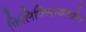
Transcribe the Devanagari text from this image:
फिलिपिन्सजवळील